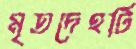
মৃতদেহটি